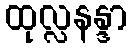
ထုလ္လနန္ဒာ